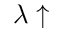
\lambda \uparrow